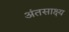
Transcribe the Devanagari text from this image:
अंतसाक्ष्य